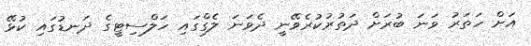
އަށް ހަތަރު ވަނަ ބުރަށް ދަތުރުކުރެވޭނީ ދެވަނަ ލެގްގައި ހަލްސިޓީގެ ދަނޑުގައި ކުޅޭ